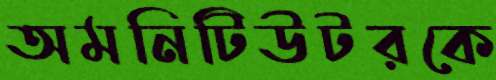
অমনিটিউটরকে